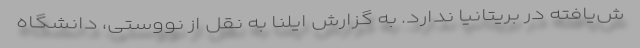
ش‌یافته در بریتانیا ندارد. به گزارش ایلنا به نقل از نووستی، دانشگاه